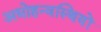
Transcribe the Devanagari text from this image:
अधोहन्वस्थियों